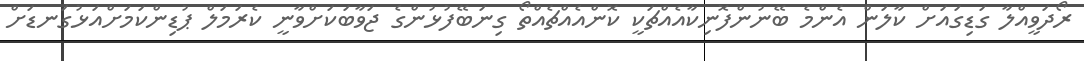
ރޯދަވީއްލާ ގަޑިގައަށް ކާލަން އެންމެ ބޭނުންފޮނިކާއެއްޗަކީ ކޮންއެއްޗެއްތޯ ގިނަބޭފުޅުންގެ ޖަވާބަކަށްވާނީ ކެރަމަލް ޕުޑިންކަމަށްއަޅުގަނޑަށް